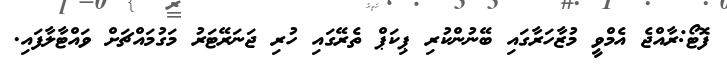
ފޮޓޯ:ރާއްޖެ އެމްވީ މުޒާހަރާގައި ބޭނުންކުރި ޕިކަޕް ތެރޭގައި ހުރި ޖަނަރޭޓަރު މަގުމައްޗަށް ވައްޓާލާފައި.